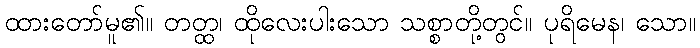
ထားတော်မူ၏။ တတ္ထ၊ ထိုလေးပါးသော သစ္စာတို့တွင်။ ပုရိမေန၊ သော။